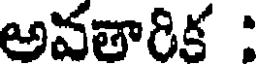
అవతారిక :